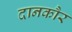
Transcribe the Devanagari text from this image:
दानकौर